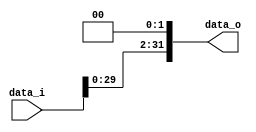
// 110652011
module Shift_Left_Two_32(
    data_i,
    data_o
    );

//I/O ports                    
input   [32-1:0]    data_i;
output  [32-1:0]    data_o;

reg     [32-1:0]    data_o;

//shift left 2

always @(data_i) begin
    data_o <= data_i << 2;
end
     
endmodule